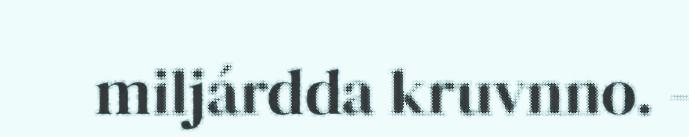
miljárdda kruvnno. -